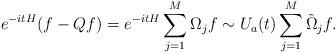
LaTeX: \begin{align*}e^{-itH}(f-Qf)=e^{-itH}\sum_{j=1}^M\Omega_jf\sim U_a(t)\sum_{j=1}^M\tilde \Omega_j f.\end{align*}